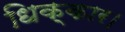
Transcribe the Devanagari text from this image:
धिक्कार।